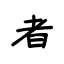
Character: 者